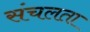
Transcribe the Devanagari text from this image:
संचलता